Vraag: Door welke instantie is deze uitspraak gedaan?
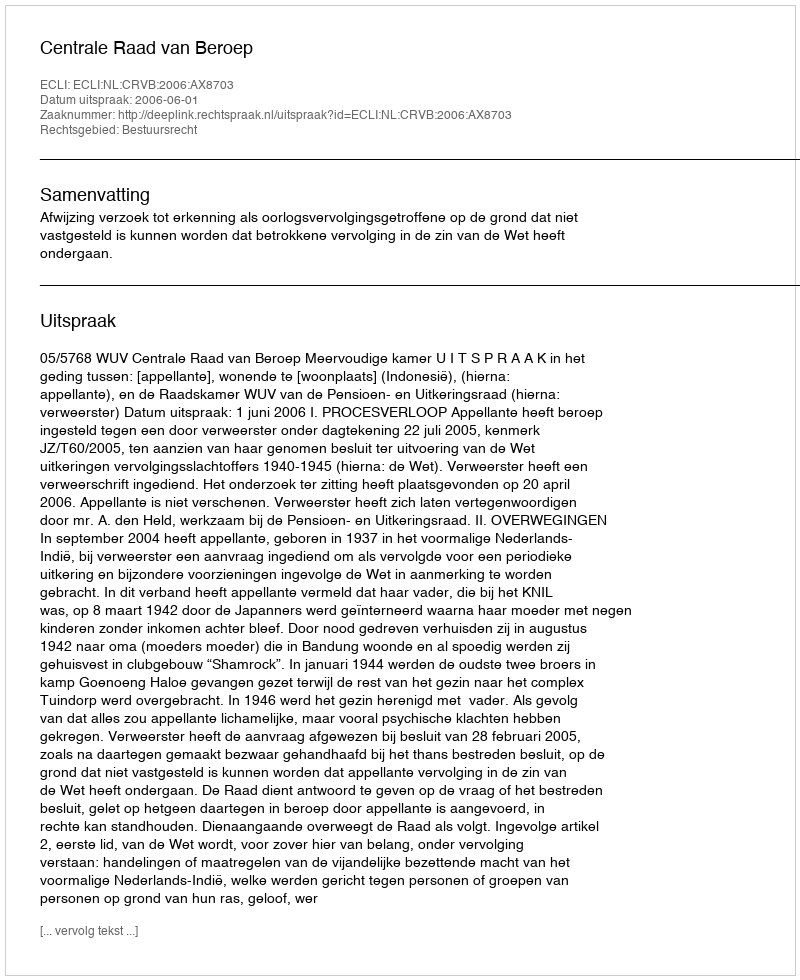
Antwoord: Centrale Raad van Beroep